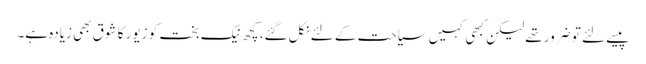
پیسے لئے تو ضرور تھے لیکن کبھی کہیں سیاحت کے لئے نکل گئے، کچھ نیک بخت کو زیور کا شوق بھی زیادہ ہے۔